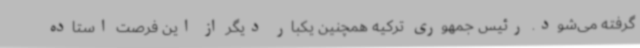
گرفته می‌شود. رئیس جمهوری ترکیه همچنین یکبار دیگر از این فرصت استاده